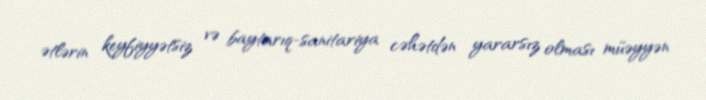
ətlərin keyfiyyətsiz və baytarıq-sanitariya cəhətdən yararsız olması müəyyən